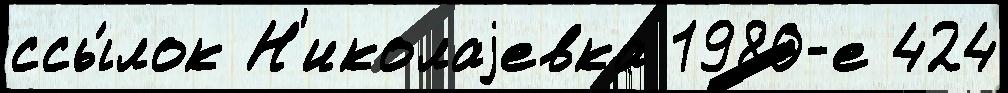
ссы́лок Н'иколаjевка 1980-е 424